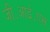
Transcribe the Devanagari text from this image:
जी॰आई॰एस॰